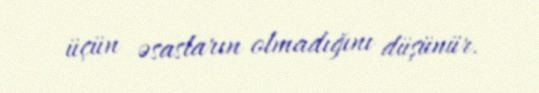
üçün əsasların olmadığını düşünür.